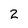
Character: 2